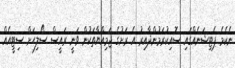
ނެކެމެ ޕެޓިޝަނެއްގައި ސޮއިކުރަމުންދާއިރު އެ ރަށުގެ ޖަމިއްޔާތަކުން ވަނީ ރައީސް ސޯލިހަށް ސިޓީއެއް